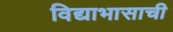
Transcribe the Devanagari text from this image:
विद्याभासाची